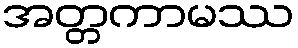
အတ္တကာမဿ